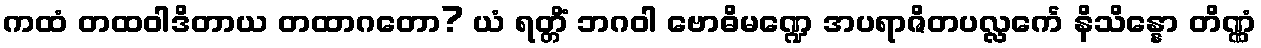
ကထံ တထဝါဒိတာယ တထာဂတော? ယံ ရတ္တိံ ဘဂဝါ ဗောဓိမဏ္ဍေ အပရာဇိတပလ္လင်္ကေ နိသိန္နော တိဏ္ဏံ